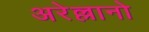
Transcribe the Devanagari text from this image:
अरेल्लानो